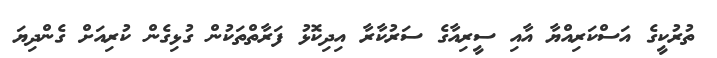
ތުރުކީގެ އަސްކަރިއްޔާ އާއި ސީރިއާގެ ސަރުކާރާ އިދިކޮޅު ފަރާތްތަކުން ގުޅިގެން ކުރިއަށް ގެންދިޔަ